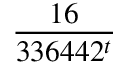
\frac { 1 6 } { 3 3 6 4 4 2 ^ { t } }